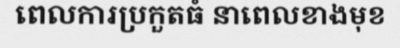
ពេលការប្រកួតធំ នាពេលខាងមុខ